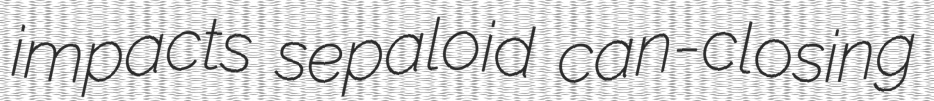
impacts sepaloid can-closing